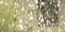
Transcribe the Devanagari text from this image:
एम्मीस